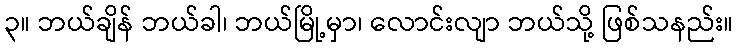
၃။ ဘယ်ချိန် ဘယ်ခါ၊ ဘယ်မြို့မှာ၊ လောင်းလျာ ဘယ်သို့ ဖြစ်သနည်း။